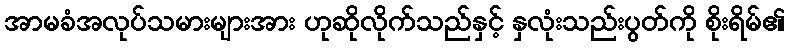
အာမခံအလုပ်သမားများအား ဟုဆိုလိုက်သည်နှင့် နှလုံးသည်းပွတ်ကို စိုးရိမ်၏